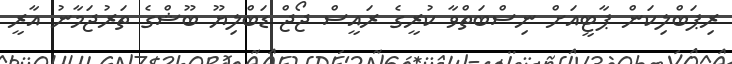
ރިޕަބްލިކަން ޕާޓީއަށް ނިސްބަތްވާ ކުރީގެ ރައީސް ޖޯޖް ޑަބްލިޔޫ ބޫޝްގެ ތަރުޖަމާނު އާރީ